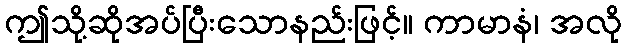
ဤသို့ဆိုအပ်ပြီးသောနည်းဖြင့်။ ကာမာနံ၊ အလို